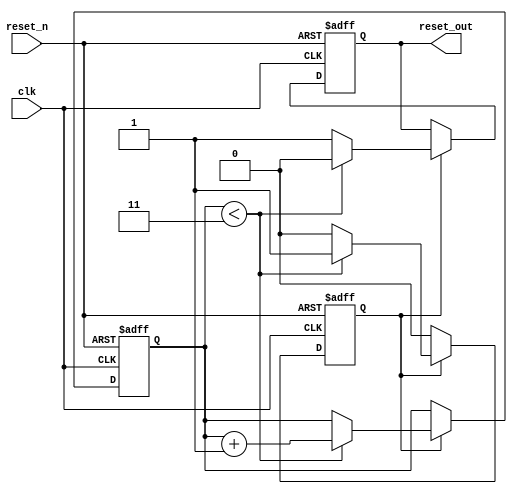
module PowerOnReset (
    input wire clk,        // Clock signal
    input wire reset_n,    // Active-low reset signal
    output reg reset_out   // Output reset signal
);

    // Parameter for the duration of the power-on reset in clock cycles
    parameter RESET_DURATION = 4; // Adjust this value as needed

    // State variable to track the reset duration
    reg [2:0] counter; // 3-bit counter to count clock cycles

    // State to indicate if the system is in reset
    reg in_reset;

    // Initial block to set the initial state
    initial begin
        reset_out = 1'b1; // Initially, reset_out is high (not in reset)
        counter = 3'b0;   // Initialize counter
        in_reset = 1'b1;  // Start in reset state
    end

    // Always block triggered on the rising edge of the clock
    always @(posedge clk or negedge reset_n) begin
        if (!reset_n) begin
            // If reset_n is asserted (active low), force reset_out low
            reset_out <= 1'b0;
            counter <= 3'b0; // Reset counter
            in_reset <= 1'b1; // Set in_reset state
        end else if (in_reset) begin
            // If we are in reset state, count until the reset duration is reached
            if (counter < RESET_DURATION - 1) begin
                counter <= counter + 1;
                reset_out <= 1'b0; // Keep reset_out low
            end else begin
                // After the duration, release reset
                reset_out <= 1'b1; // Set reset_out high
                in_reset <= 1'b0;  // Exit reset state
            end
        end
    end

endmodule